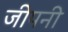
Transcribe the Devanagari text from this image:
जीपनी